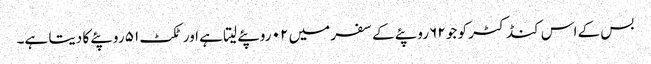
بس کے اس کنڈکٹر کو جو ۶۲ روپئے کے سفر میں ۰۲ روپئے لیتا ہے اور ٹکٹ ۵۱ روپئے کا دیتا ہے۔